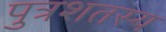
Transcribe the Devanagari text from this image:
पुत्रशतस्य